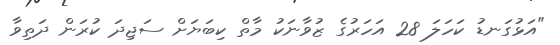
"އަޅުގަނޑު ކަހަލަ 28 އަހަރުގެ ޒުވާނަކު މާތް ކިބަޔަށް ސަޖިދަ ކުރަން ދަތިވާ